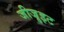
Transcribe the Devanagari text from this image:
जीजु़इट